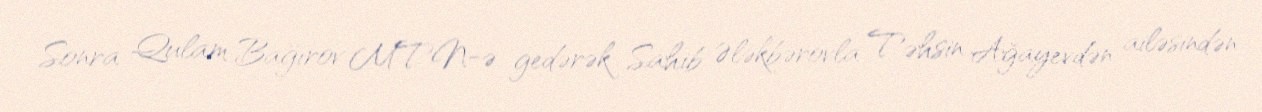
Sonra Qulam Bağırov MTN-ə gedərək Sahib Ələkbərovla Təhsin Ağayevdən ailəsindən